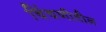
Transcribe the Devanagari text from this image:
चिंचणीतील